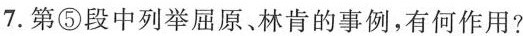
7. 第⑤段中列举屈原林肯的事例，有何作用?